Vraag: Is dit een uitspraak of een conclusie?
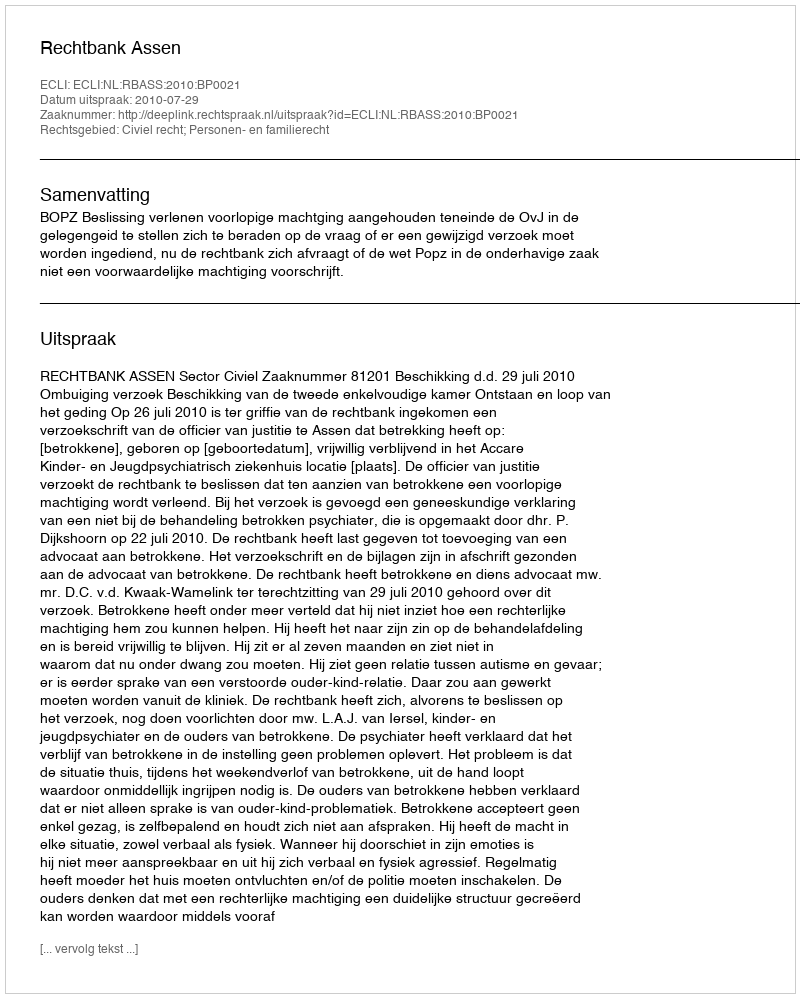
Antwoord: Uitspraak